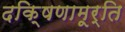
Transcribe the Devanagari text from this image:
दकि्षणामूर्ति